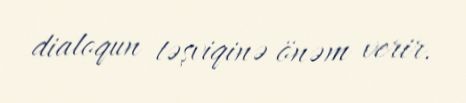
dialoqun təşviqinə önəm verir.